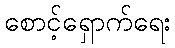
စောင့်ရှောက်ရေး